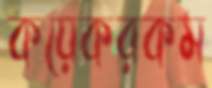
কয়েকরকম